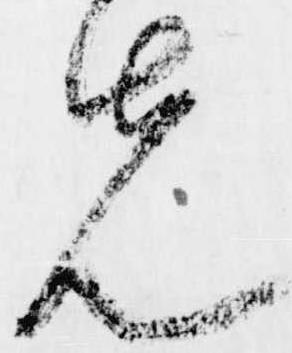
先